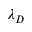
\lambda _ { D }